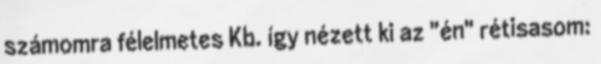
számomra félelmetes Kb. így nézett ki az "én" rétisasom: